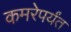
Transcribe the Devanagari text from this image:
कमरेपर्यंत